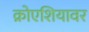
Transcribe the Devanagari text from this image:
क्रोएशियावर